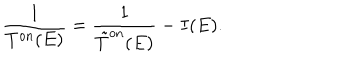
LaTeX: \frac { 1 } { T ^ { \mathrm { o n } } ( E ) } = \frac { 1 } { \tilde { T } ^ { \mathrm { o n } } ( E ) } - I ( E ) .